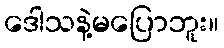
ဒေါသနဲ့မပြောဘူး။